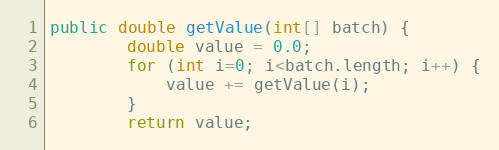
Language: Java
public double getValue(int[] batch) {
        double value = 0.0;
        for (int i=0; i<batch.length; i++) {
            value += getValue(i);
        }
        return value;